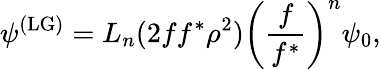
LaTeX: \psi^{(\textrm{LG})}=L_{n}(2ff^{*}\rho^{2})\left(\frac{f}{f^{*}}\right)^{n}\psi_{0},